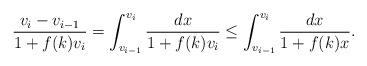
LaTeX: \begin{align*}\frac{v_i-v_{i-1}}{1+f(k)v_i} = \int_{v_{i-1}}^{v_i} \frac{dx}{1+f(k)v_i} \leq \int_{v_{i-1}}^{v_i} \frac{dx}{1+f(k)x}.\end{align*}